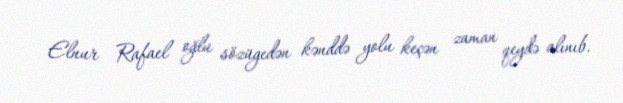
Elnur Rafael oğlu sözügedən kənddə yolu keçən zaman qeydə alınıb.